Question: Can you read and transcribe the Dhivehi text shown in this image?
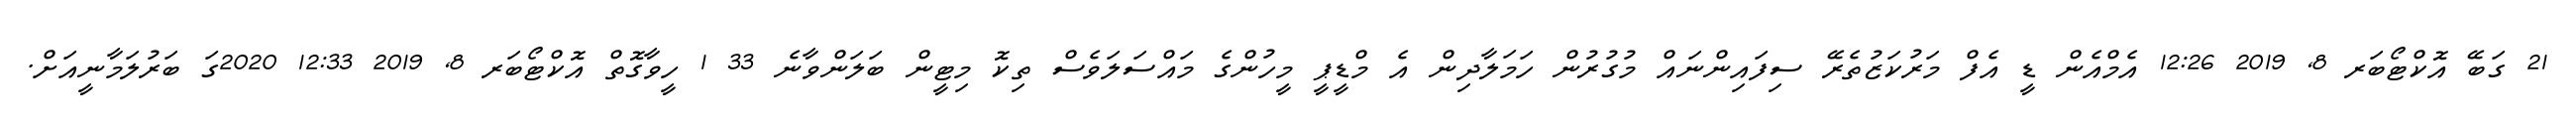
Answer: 21 ގަބޭ އޮކްޓޯބަރ 8, 2019 12:26 އެމްއެން ޑީ އެފް މަރުކަޒުތެރޭ ސިފައިންނައް މުގުރުން ހަމަލާދިން އެ މްޑީޕީ މީހުންގެ މައްސަލަވެސް ތިކޮ މިޓީން ބަލަންވާނެ 33 1 ހީވާގޮތް އޮކްޓޯބަރ 8, 2019 12:33 2020ގަ ބަރުލަމާނީއަށް.